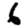
Digit: 6